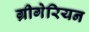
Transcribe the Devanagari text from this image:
ग्रीगेरियन